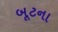
બૂટના